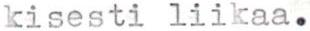
kisesti liikaa.